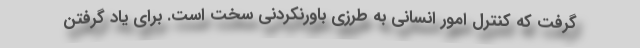
گرفت که کنترل امور انسانی به طرزی باورنکردنی سخت است. برای یاد گرفتن